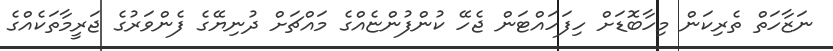
ނަޒާހަތް ތެރިކަން މިހާބޮޑަށް ހިފަހައްޓަން ޖެހޭ ކުންފުންޏެއްގެ މައްޗަށް ދުނިޔޭގެ ފެންވަރުގެ ޖަރީމާތަކެއްގެ